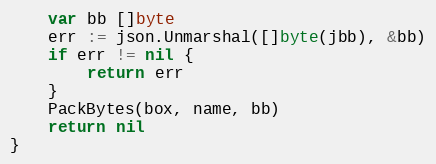
Language: Go
	var bb []byte
	err := json.Unmarshal([]byte(jbb), &bb)
	if err != nil {
		return err
	}
	PackBytes(box, name, bb)
	return nil
}